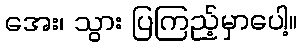
အေး၊ သွား ပြကြည့်မှာပေါ့။